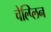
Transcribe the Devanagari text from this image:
चेल्प्लिन